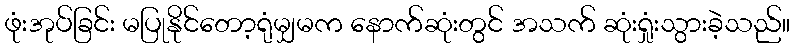
ဖုံးအုပ်ခြင်း မပြုနိုင်တော့ရုံမျှမက နောက်ဆုံးတွင် အသက် ဆုံးရှုံးသွားခဲ့သည်။